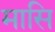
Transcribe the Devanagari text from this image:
मासि